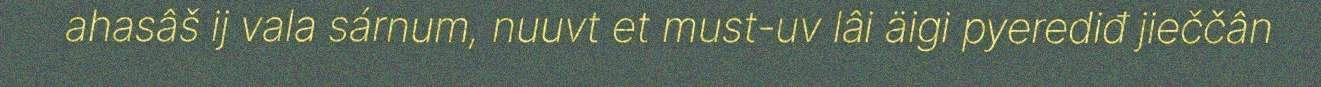
ahasâš ij vala sárnum, nuuvt et must-uv lâi äigi pyerediđ jieččân